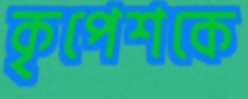
কৃপেশকে